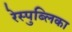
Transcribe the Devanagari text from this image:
रेस्पुब्लिका